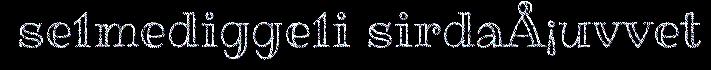
se1medigge1i sirdaÅ¡uvvet